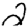
Digit: 2